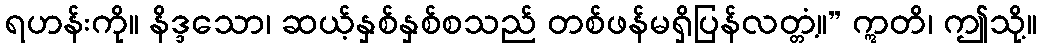
ရဟန်းကို။ နိဒ္ဒသော၊ ဆယ့်နှစ်နှစ်စသည် တစ်ဖန်မရှိပြန်လတ္တံ့။” ဣတိ၊ ဤသို့။